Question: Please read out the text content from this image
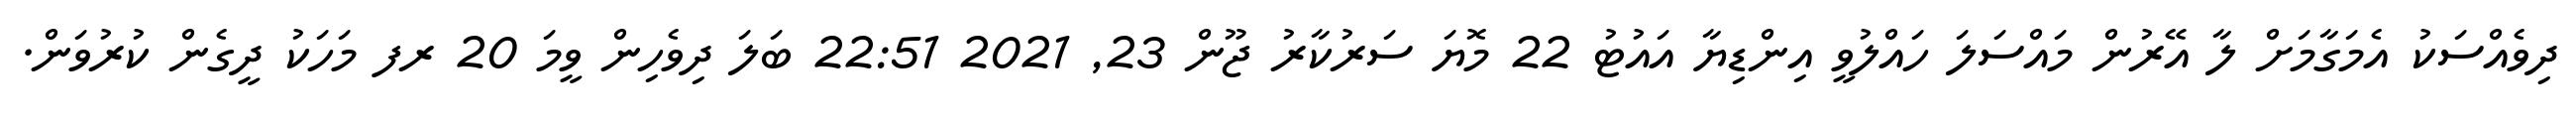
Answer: ދިވެއްސަކު އެމަގާމަށް ލާ އޭރުން މައްސަލަ ހައްލުވީ އިންޑިޔާ އައުޓު 22 މޮޔަ ސަރުކާރު ޖޫން 23, 2021 22:51 ބަލަ ދިވެހިން ވީމަ 20 ރފ މަހަކު ދީގެން ކުރުވަން.